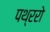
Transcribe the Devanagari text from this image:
पथ्ररो